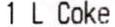
1 L COKE